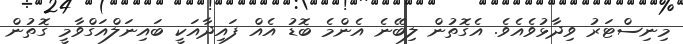
މިނިސްޓަރު ވިދާޅުވެއެވެ. އެގޮތުން ލިބޭނެ އެންމެ ބޮޑު އެއް ފައިދާއަކީ ބައިނަލްއަގްވާމީ ގޮތުން